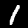
Digit: 1